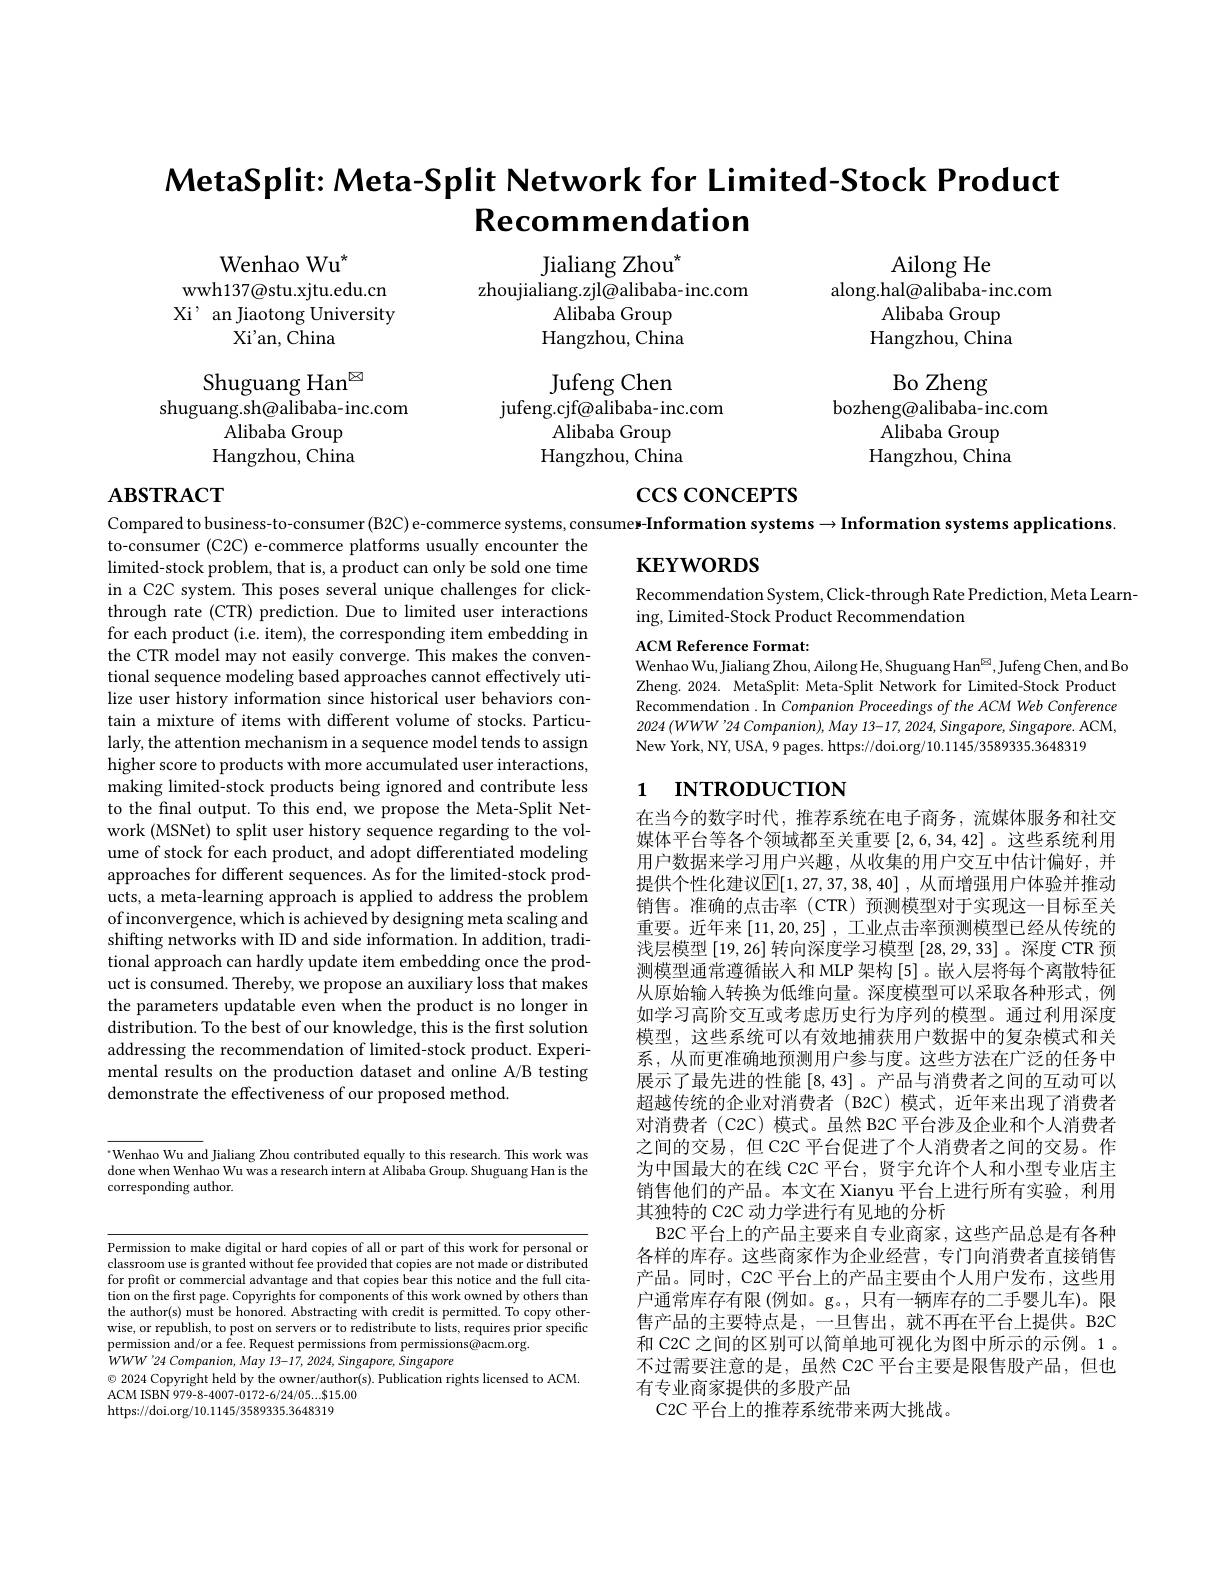
# MetaSplit: Meta-Split Network for Limited-Stock Product $\textbf{Recommendation}$

Wenhao Wu$^{*}$
wwh137@stu.xjtu.edu.cn Xi' an Jiaotong University
Xi'an, China

Jialiang Zhou$^{*}$
zhoujialiang.zjl@alibaba-inc.com
Alibaba Group Hangzhou, China

Ailong He
along.hal@alibaba-inc.com
Alibaba Group Hangzhou, China
Bo Zheng
bozheng@alibaba-inc.com
Alibaba Group Hangzhou, China

Jufeng Chen
jufeng.cjf@alibaba-inc.com
${\mathrm{Alibaba~Group}}$ Hangzhou, China

Shuguang Han$^{\otimes}$
shuguang.sh@alibaba-inc.com
$\stackrel{\circ}{\mathrm{Alibaba~Group}}$ Hangzhou, China

$\csc\cos$coNCEPTS

# $\mathbf{ABSTRACT}$

$\mathbf{KEYWORDS}$

Recommendation System, Click-through Rate Prediction, Meta Learn-
ing, Limited-Stock Product Recommendation

ACM Reference Format:
Wenhao Wu, Jialiang Zhou, Ailong He, Shuguang Han$^{\textcircled{\mathrm{a}}}$, Jufeng Chen, and Bo Zheng. 2024. MetaSplit: Meta-Split Network for Limited-Stock Product Recommendation . In Companion Proceedings of the ACM Web Conference $2024\left ( WWW^{\prime }24\:Companion\right ) , May$ 13-17,2024, $Singapore$, $Singapore.$ ACM, New York, NY, USA, 9 pages. https://doi.org/10.1145/3589335.3648319

## 1 INTRODUCTION

Compared to business-to-consumer (B2C) e-commerce systems, consume-Information systems $\to$Information systems applications
to-consumer (C2C) e-commerce limited-stock problem, that in a C2C system. This poses several unique challenges for clickthrough rate (CTR) prediction. Due to limited user interactions for each product (i.e. item), the corresponding item embedding in the CTR model may not easily converge. This makes the conventional sequence modeling based approaches cannot effectively utilize user history information since historical user behaviors contain a mixture of items with different volume of stocks. Particularly, the attention mechanism in a sequence model tends to assign higher score to products with more accumulated user interactions, making limited-stock products being ignored and contribute less to the final output. To this work (MSNet) to split user h ume of stock for each product, and adopt differentiated modeling approaches for different sequences. As for the limited-stock products, a meta-learning approach is applied to address the problem of inconvergence, which is achieved by designing meta scaling and shifting networks with ID and side information. In addition, traditional approach can hardly update item embedding once the product is consumed. Thereby, we propose an auxiliary loss that makes the parameters updatable even when the product is no longer in distribution. To the best of addressing the recommendation of limited-stock product. Experimental results on the produc demonstrate the effectiveness of our proposed method.

在当今的数字时代，推荐系统在电子商务，流媒体服务和社交媒体平台等各个领域都至关重要[2,6,34,42] 。这些系统利用用户数据来学习用户兴趣，从收集的用户交互中估计偏好，并提供个性化建议$\mathbb{E}[1,27,37,38,40]$ ,从而增强用户体验并推动销售。准确的点击率(CTR)预测模型对于实现这一目标至关重要。近年来[11,20,25] , 工业点击率预测模型已经从传统的浅层模型[19,26]转向深度学习模型[28,29,33] 。深度 CTR 预测模型通常遵循嵌入和 MLP 架构 [5]。嵌人层将每个离散特征从原始输入转换为低维向量。深度模型可以采取各种形式，例如学习高阶交互或考虑历史行为序列的模型。通过利用深度模型，这些系统可以有效地捕获用户数据中的复杂模式和关系，从而更准确地预测用户参与度。这些方法在广泛的任务中展示了最先进的性能[8,43] 。产品与消费者之间超越传统的企业对消费者(B2C)模式，近年来出现了消费者对消费者 (C2C) 模式。虽然 B2C 平台涉及企业和个人消费者之间的交易，但 C2C 平台促进了个人消费者之间的交易。作为中国最大的在线 C2C 平台，贤宇允许个人和小型专业店主销售他们的产品。本文在 Xianyu 平台上进行所有实验，利用其独特的 C2C 动力学进行有见地的分析
B2C 平台上的产品主要来自专业商家，这些产品总是有各种各样的库存。这些商家作为企业经营，专门向消费者直接销售产品。同时，C2C 平台上的产品主要由个人用户发布，这户通常库存有限(例如。g。,只有一辆库存的二手婴儿车)。限售产品的主要特点是，一旦售出，就不再在平台上提供。B2C 和 C2C 之间的区别可以简单地可视化为图中所示的示例。不过需要注意的是，虽然 C2C 平台主要是限售股产品，但也有专业商家提供的多股产品
C2C 平台上的推荐系统带来两大挑战。

Wenhao Wu and Jialiang Zhou contributed equally to this research. This work was done when Wenhao Wu was a research intern at Alibaba Group. Shuguang Han is the corresponding author.

Permission to make digital or hard copies of all or part of this work for personal or classroom use is granted wit for profit or commercial advantage and that copies bear this notice and the full citation on the first page. Copyrights for components of this work owned by others than the author(s) must be honored. Abstracting with credit is permitted. To copy otherwise, or republish, to post on servers or to redistribute to lists, requires prior specific permission and/or a fee. Request permissions from permissions@acm.org.
$WWW^{\prime }24$ $Companion$, May 13-17, 2024, $Singapore$, Singapore
$\odot$ 2024 Copyright held by t
ACM ISBN 979-8-4007-0172-6/24/05...\$15.00
https://doi.org/10.1145/3589335.3648319